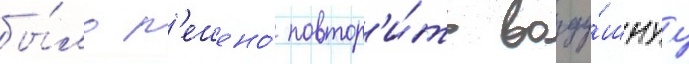
бы́ло р'ешено́ повтор'и́ть возду́шнуу